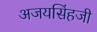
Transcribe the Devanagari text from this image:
अजयसिंहजी